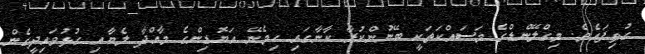
ގުޅިފައެވެ. މިގްލޭންޑްގެ މަސައްކަތަކީ ބޭނުންކުރާ ކާނާގައި ހިމެނޭ އަޔޮޑިންގެ މާއްދާ ލެޔާއި ގުޅުވައިދީގެން